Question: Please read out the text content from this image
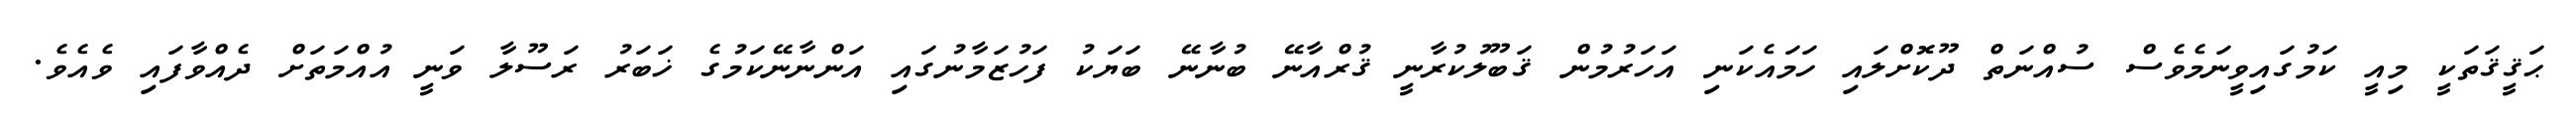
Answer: ޙަޤީޤަތަކީ މިއީ ކަމުގައިވީނަމެވެސް ސުއްނަތް ދޫކޮށްލައި ހަމައެކަނި އަހަރުމުން ޤަބޫލުކުރާނީ ޤުރްއާނޭ ބުނާނޭ ބަޔަކު ފަހުޒަމާނުގައި އަންނާނޭކަމުގެ ޚަބަރު ރަސޫލާ ވަނީ އުއްމަތަށް ދެއްވާފައި ވެއެވެ.